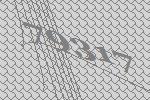
79317